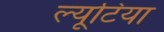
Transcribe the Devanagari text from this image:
ल्यूटिया